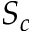
S _ { c }